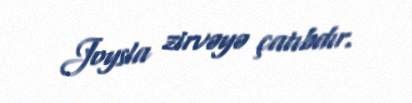
Joysla zirvəyə çatıbdır.